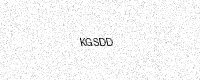
Text: KGSDD